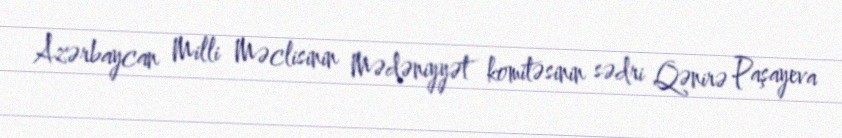
Azərbaycan Milli Məclisinin Mədəniyyət komitəsinin sədri Qənirə Paşayeva